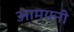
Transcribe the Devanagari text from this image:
आमयनी